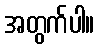
အတွက်ပါ။